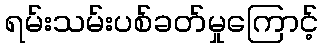
ရမ်းသမ်းပစ်ခတ်မှုကြောင့်